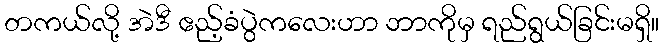
တကယ်လို့ အဲဒီ ဧည့်ခံပွဲကလေးဟာ ဘာကိုမှ ရည်ရွယ်ခြင်းမရှိ။